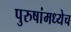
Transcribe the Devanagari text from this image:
पुरुषांमध्येच